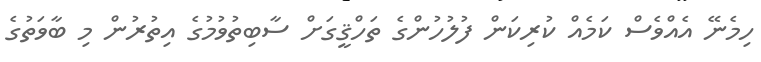
ހިމެނޭ އެއްވެސް ކަމެއް ކުރިކަން ފުލުހުންގެ ތަހްޤީގަށް ސާބިތުވުމުގެ އިތުރުން މި ބާވަތުގެ